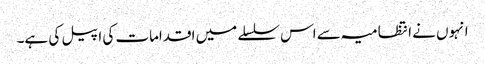
انہوں نے انتظامیہ سے اس سلسلے میں اقدامات کی اپیل کی ہے۔